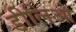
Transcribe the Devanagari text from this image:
डीलिओ